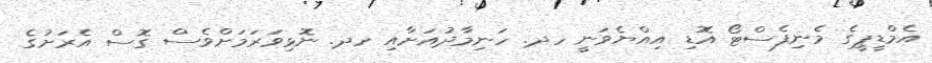
އެމްޑީޕީގެ މެނިފެސްޓޯ އޮޑި އިއްޔެވަނީ ހދ. ހަނިމާދުއަށާއި ހދ. ނޮޅިވަރަމަށްވެސް ގޮސް އެރަށުގެ